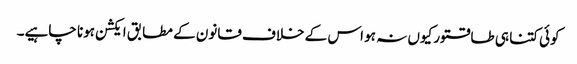
کوئی کتنا ہی طاقتور کیوں نہ ہو اس کے خلاف قانون کے مطابق ایکشن ہونا چاہیے۔